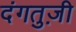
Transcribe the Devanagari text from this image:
दंगतुज़ी